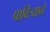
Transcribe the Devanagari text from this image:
पावित्र्याने